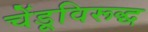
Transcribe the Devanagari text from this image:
चेंडूविरूद्ध